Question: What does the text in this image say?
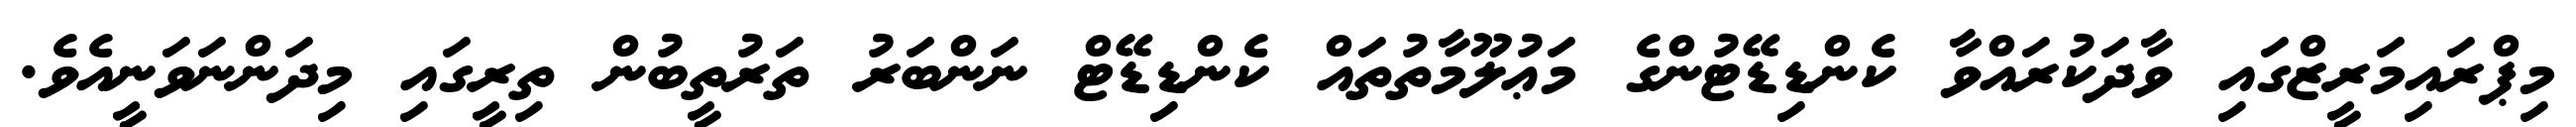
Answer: މިޕްރައިމަރީޒްގައި ވާދަކުރައްވާ ކެންޑިޑޭޓުންގެ މަޢުލޫމާތުތައް ކެންޑިޑޭޓް ނަންބަރު ތަރުތީބުން ތިރީގައި މިދަންނަވަނީއެވެ.